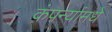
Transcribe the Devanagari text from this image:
कंपन्यांमधे